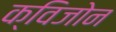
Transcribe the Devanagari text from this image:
क्विजोन